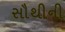
સૌથીની